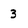
Character: 3